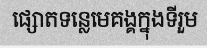
ផ្សោតទន្លេមេគង្គក្នុងទីរួម